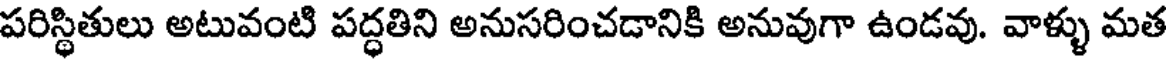
పరిస్థితులు అటువంటి పద్ధతిని అనుసరించడానికి అనువుగా ఉండవు. వాళ్ళు మత